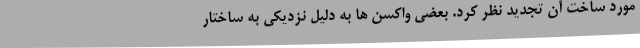
مورد ساخت آن تجدید نظر کرد. بعضی واکسن ها به دلیل نزدیکی به ساختار